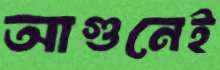
আগুনেই